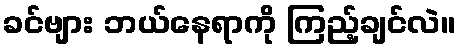
ခင်ဗျား ဘယ်နေရာကို ကြည့်ချင်လဲ။